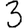
Digit: 3